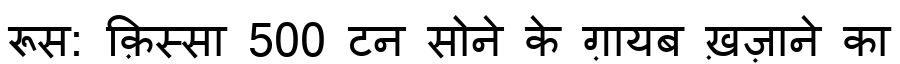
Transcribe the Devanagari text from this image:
रूस: क़िस्सा 500 टन सोने के ग़ायब ख़ज़ाने का